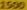
1500